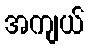
အကျယ်